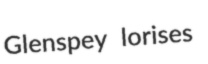
Glenspey lorises